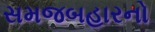
સમજબહારનો